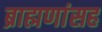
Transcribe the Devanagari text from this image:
ब्राह्मणांसह